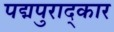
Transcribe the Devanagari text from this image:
पद्मपुराद्कार